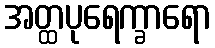
အတ္ထပုရေက္ခာရော